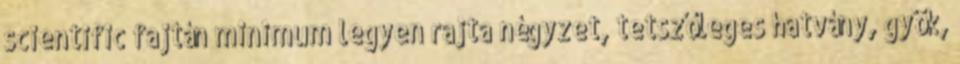
scientific fajtán minimum legyen rajta négyzet, tetszőleges hatvány, gyök,